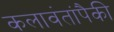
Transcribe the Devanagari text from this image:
कलावंतांपैकी